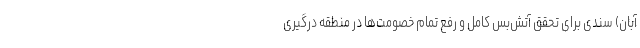
آبان) سندی برای تحقق آتش‌بس کامل و رفع تمام خصومت‌ها در منطقه درگیری